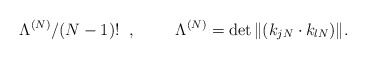
\begin{align*}\Lambda^{(N)}/(N-1)! \;\; , \hspace{10mm}\Lambda^{(N)}=\det\|(k_{jN}\cdot k_{lN})\| .\end{align*}